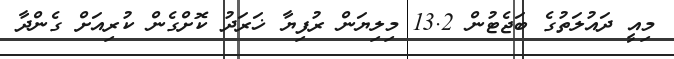
މިއީ ދައުލަތުގެ ބަޖެޓުން 13.2 މިލިޔަން ރުފިޔާ ޚަރަދު ކޮށްގެން ކުރިއަށް ގެންދާ